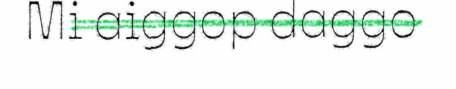
Mi aiggop daggo